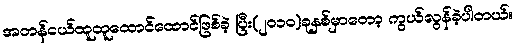
အတန်ငယ်ထူထူထောင်ထောင်ဖြစ်ခဲ့ ပြီး(၂၀၁၀)ခုနှစ်မှာတော့ ကွယ်လွန်ခဲ့ပါတယ်။